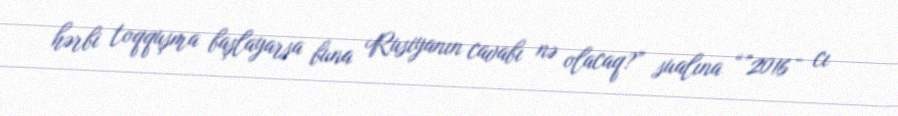
hərbi toqquşma başlayarsa buna Rusiyanın cavabı nə olacaq?” sualına “”2016 - cı